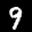
Label: 9